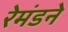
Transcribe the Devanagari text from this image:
रेमंडने